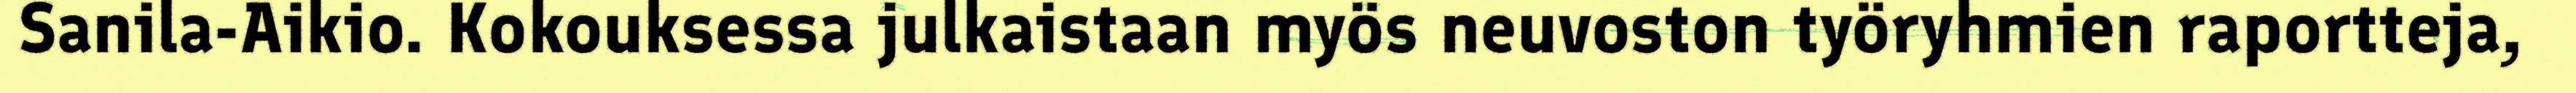
Sanila-Aikio. Kokouksessa julkaistaan myös neuvoston työryhmien raportteja,